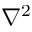
\nabla ^ { 2 }